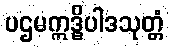
ပဌမဣဒ္ဓိပါဒသုတ္တံ